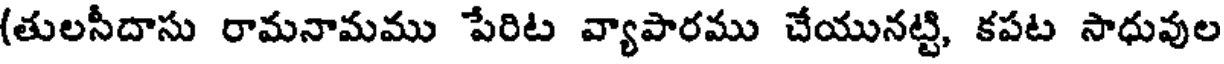
(తులసీదాసు రామనామము పేరిట వ్యాపారము చేయునట్టి, కపట సాధువుల